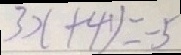
3 x + 4 y = - 5